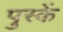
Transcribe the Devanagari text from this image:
पुस्कें